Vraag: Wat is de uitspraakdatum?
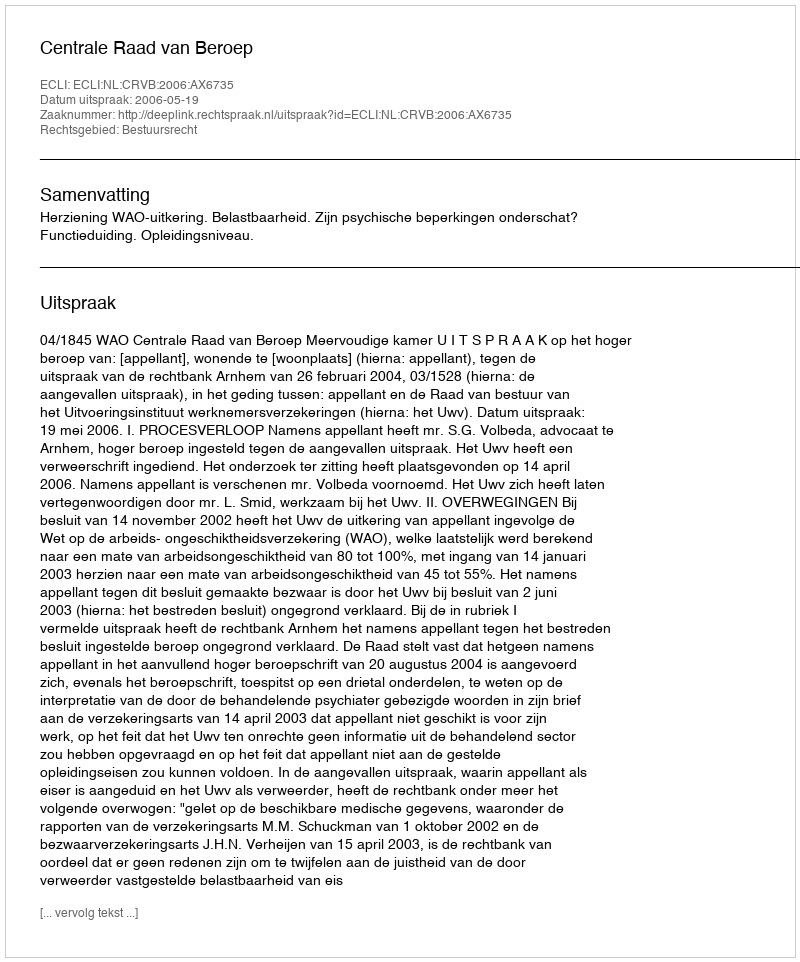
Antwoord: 2006-05-19